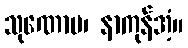
သုဏောမ၊ နာကုန်အံ့။